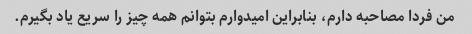
من فردا مصاحبه دارم، بنابراین امیدوارم بتوانم همه چیز را سریع یاد بگیرم.